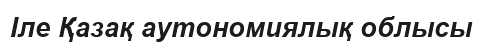
Іле Қазақ аутономиялық облысы